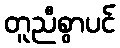
တူညီစွာပင်